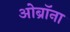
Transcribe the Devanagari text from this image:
ओब्रॉना